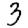
Digit: 3